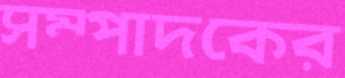
সম্পাদকের